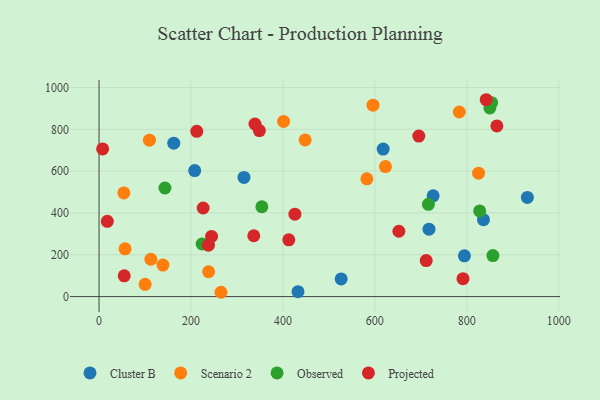
{"axis": {"x": "Distance", "y": "Demand"}, "legend": ["Cluster B", "Observed", "Projected", "Scenario 2"], "data": [{"x": "717.8", "y": 322.2, "type": "Cluster B"}, {"x": "526.7", "y": 84.6, "type": "Cluster B"}, {"x": "432.8", "y": 23.8, "type": "Cluster B"}, {"x": "208.1", "y": 602.4, "type": "Cluster B"}, {"x": "836.3", "y": 368.0, "type": "Cluster B"}, {"x": "726.8", "y": 481.9, "type": "Cluster B"}, {"x": "315.3", "y": 570.1, "type": "Cluster B"}, {"x": "618.1", "y": 705.2, "type": "Cluster B"}, {"x": "794.8", "y": 195.0, "type": "Cluster B"}, {"x": "931.8", "y": 474.0, "type": "Cluster B"}, {"x": "162.6", "y": 733.6, "type": "Cluster B"}, {"x": "109.6", "y": 747.9, "type": "Scenario 2"}, {"x": "623.1", "y": 621.7, "type": "Scenario 2"}, {"x": "448.3", "y": 749.1, "type": "Scenario 2"}, {"x": "596.0", "y": 915.3, "type": "Scenario 2"}, {"x": "825.6", "y": 590.0, "type": "Scenario 2"}, {"x": "100.2", "y": 58.8, "type": "Scenario 2"}, {"x": "112.7", "y": 178.6, "type": "Scenario 2"}, {"x": "582.6", "y": 563.0, "type": "Scenario 2"}, {"x": "401.5", "y": 837.7, "type": "Scenario 2"}, {"x": "783.7", "y": 882.7, "type": "Scenario 2"}, {"x": "139.0", "y": 150.9, "type": "Scenario 2"}, {"x": "56.7", "y": 228.4, "type": "Scenario 2"}, {"x": "265.2", "y": 20.7, "type": "Scenario 2"}, {"x": "54.0", "y": 495.8, "type": "Scenario 2"}, {"x": "238.3", "y": 118.8, "type": "Scenario 2"}, {"x": "850.2", "y": 902.0, "type": "Observed"}, {"x": "828.0", "y": 409.7, "type": "Observed"}, {"x": "143.4", "y": 519.4, "type": "Observed"}, {"x": "856.8", "y": 196.4, "type": "Observed"}, {"x": "224.2", "y": 251.6, "type": "Observed"}, {"x": "716.5", "y": 441.4, "type": "Observed"}, {"x": "854.0", "y": 927.2, "type": "Observed"}, {"x": "354.2", "y": 429.7, "type": "Observed"}, {"x": "348.8", "y": 793.7, "type": "Projected"}, {"x": "412.8", "y": 271.5, "type": "Projected"}, {"x": "18.0", "y": 360.0, "type": "Projected"}, {"x": "791.7", "y": 85.6, "type": "Projected"}, {"x": "711.7", "y": 172.2, "type": "Projected"}, {"x": "238.0", "y": 246.1, "type": "Projected"}, {"x": "336.6", "y": 290.9, "type": "Projected"}, {"x": "652.3", "y": 312.6, "type": "Projected"}, {"x": "54.8", "y": 99.2, "type": "Projected"}, {"x": "426.1", "y": 394.2, "type": "Projected"}, {"x": "212.6", "y": 790.2, "type": "Projected"}, {"x": "842.2", "y": 941.4, "type": "Projected"}, {"x": "244.8", "y": 287.7, "type": "Projected"}, {"x": "226.5", "y": 423.6, "type": "Projected"}, {"x": "7.8", "y": 706.3, "type": "Projected"}, {"x": "865.4", "y": 816.3, "type": "Projected"}, {"x": "695.6", "y": 767.6, "type": "Projected"}, {"x": "339.2", "y": 825.3, "type": "Projected"}]}